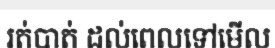
រត់បាត់ ដល់ពេលទៅមើល